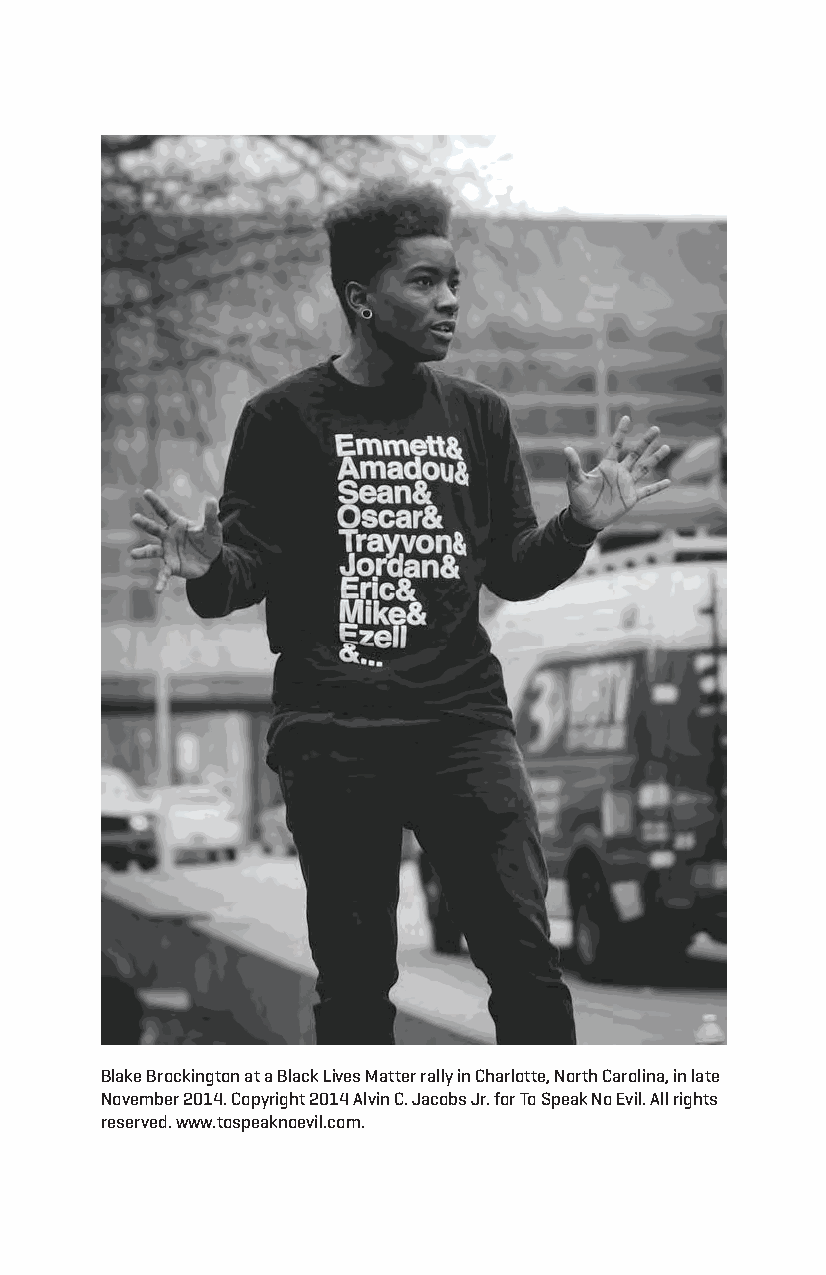
Blake Brockington at a Black lives Matter rally in charlotte, north carolina, in late
 november 2014. copyright 2014 alvin c. Jacobs Jr. for to Speak no evil. all rights
 reserved. www.tospeaknoevil.com.
 Snorton.indd 13                             29/09/2017 8:40:55 AM